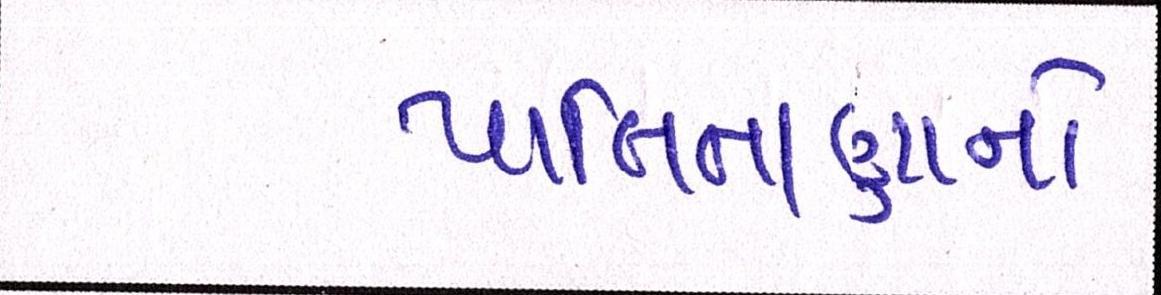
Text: પાલિતાણાનો